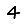
Digit: 4